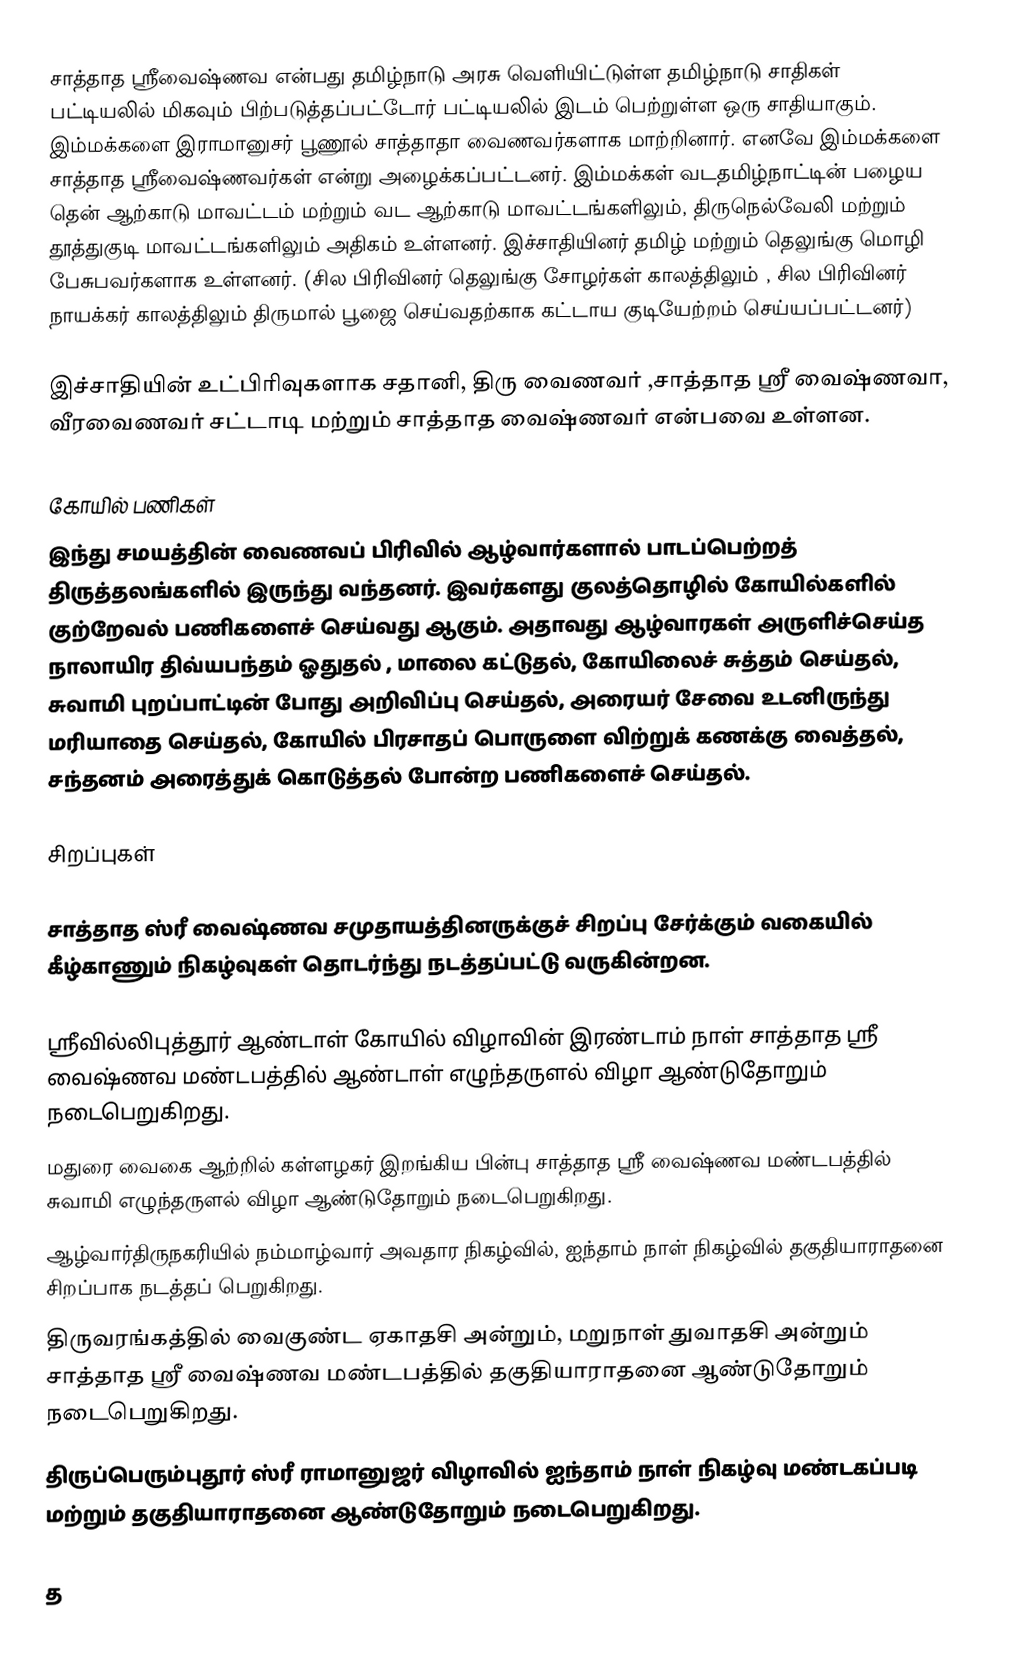
சாத்தாத ஸ்ரீவைஷ்ணவ என்பது தமிழ்நாடு அரசு வெளியிட்டுள்ள தமிழ்நாடு சாதிகள் பட்டியலில் மிகவும் பிற்படுத்தப்பட்டோர் பட்டியலில் இடம் பெற்றுள்ள ஒரு சாதியாகும். இம்மக்களை இராமானுசர் பூணூல் சாத்தாதா வைணவர்களாக மாற்றினார். எனவே இம்மக்களை சாத்தாத ஸ்ரீவைஷ்ணவர்கள் என்று அழைக்கப்பட்டனர். இம்மக்கள் வடதமிழ்நாட்டின் பழைய தென் ஆற்காடு மாவட்டம் மற்றும் வட ஆற்காடு மாவட்டங்களிலும், திருநெல்வேலி  மற்றும் தூத்துகுடி மாவட்டங்களிலும் அதிகம் உள்ளனர்.  இச்சாதியினர் தமிழ்  மற்றும்  தெலுங்கு  மொழி பேசுபவர்களாக  உள்ளனர். (சில பிரிவினர் தெலுங்கு சோழர்கள் காலத்திலும் , சில பிரிவினர் நாயக்கர் காலத்திலும் திருமால் பூஜை செய்வதற்காக கட்டாய குடியேற்றம் செய்யப்பட்டனர்)

இச்சாதியின் உட்பிரிவுகளாக சதானி,  திரு வைணவர் ,சாத்தாத ஶ்ரீ வைஷ்ணவா, வீரவைணவர் சட்டாடி மற்றும் சாத்தாத வைஷ்ணவர் என்பவை உள்ளன.

கோயில் பணிகள்
இந்து சமயத்தின் வைணவப் பிரிவில் ஆழ்வார்களால் பாடப்பெற்றத் திருத்தலங்களில் இருந்து வந்தனர். இவர்களது குலத்தொழில் கோயில்களில் குற்றேவல் பணிகளைச் செய்வது ஆகும். அதாவது ஆழ்வாரகள் அருளிச்செய்த நாலாயிர திவ்யபந்தம் ஓதுதல் , மாலை கட்டுதல், கோயிலைச் சுத்தம் செய்தல், சுவாமி புறப்பாட்டின் போது அறிவிப்பு செய்தல், அரையர் சேவை உடனிருந்து மரியாதை செய்தல், கோயில் பிரசாதப் பொருளை விற்றுக் கணக்கு வைத்தல், சந்தனம் அரைத்துக் கொடுத்தல் போன்ற பணிகளைச் செய்தல்.

சிறப்புகள்

சாத்தாத ஸ்ரீ வைஷ்ணவ சமுதாயத்தினருக்குச் சிறப்பு சேர்க்கும் வகையில் கீழ்காணும் நிகழ்வுகள் தொடர்ந்து நடத்தப்பட்டு வருகின்றன.

ஸ்ரீவில்லிபுத்தூர் ஆண்டாள் கோயில் விழாவின் இரண்டாம் நாள் சாத்தாத ஸ்ரீ வைஷ்ணவ மண்டபத்தில் ஆண்டாள் எழுந்தருளல் விழா ஆண்டுதோறும் நடைபெறுகிறது.
மதுரை வைகை ஆற்றில் கள்ளழகர் இறங்கிய பின்பு சாத்தாத ஸ்ரீ வைஷ்ணவ மண்டபத்தில் சுவாமி எழுந்தருளல் விழா ஆண்டுதோறும் நடைபெறுகிறது.
ஆழ்வார்திருநகரியில் நம்மாழ்வார் அவதார நிகழ்வில், ஐந்தாம் நாள் நிகழ்வில் தகுதியாராதனை சிறப்பாக நடத்தப் பெறுகிறது.
திருவரங்கத்தில் வைகுண்ட ஏகாதசி அன்றும், மறுநாள் துவாதசி அன்றும் சாத்தாத ஸ்ரீ வைஷ்ணவ மண்டபத்தில் தகுதியாராதனை ஆண்டுதோறும் நடைபெறுகிறது.
திருப்பெரும்புதூர் ஸ்ரீ ராமானுஜர் விழாவில் ஐந்தாம் நாள் நிகழ்வு மண்டகப்படி மற்றும் தகுதியாராதனை ஆண்டுதோறும் நடைபெறுகிறது.

த